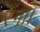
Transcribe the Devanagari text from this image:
रँगा।